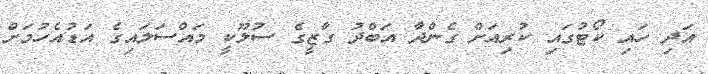
އަދި ހައި ކޯޓުގައި ކުރިއަށް ގެންދާ އަބްދު ގާޒީގެ ސުލޫކީ މައްސަލައިގެ އަޑުއެހުމަށް